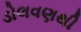
ડોલવણથી